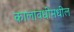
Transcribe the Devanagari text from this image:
कालावधीमधील